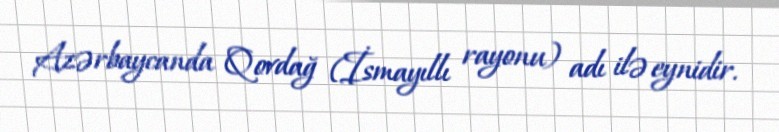
Azərbaycanda Qovdağ (İsmayıllı rayonu) adı ilə eynidir.